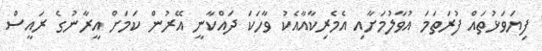
ފިޔަވަޅުތައް ފުރަތަމަ އުވާލުމަށާއި އެމެރިކާއާއެކު ވާހަކަ ދައްކާނީ އޭރުން ކަމަށް އީރާނުގެ ރައީސް